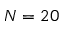
N = 2 0